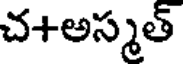
చ+అస్మత్